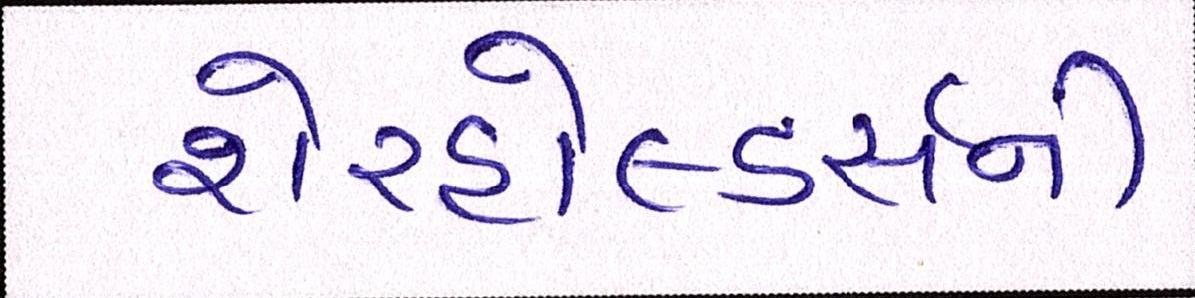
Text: શેરહોલ્ડર્સની